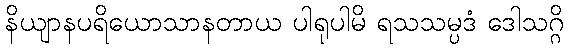
နိယျာနပရိယောသာနတာယ ပါရုပါမိ ရသသမ္ပဒံ ဒေါသဂ္ဂိ